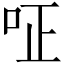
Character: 𠰪